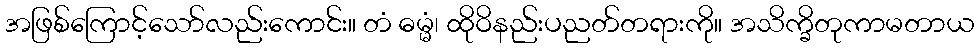
အဖြစ်ကြောင့်သော်လည်းကောင်း။ တံ ဓမ္မံ၊ ထိုဝိနည်းပညတ်တရားကို။ အသိက္ခိတုကာမတာယ